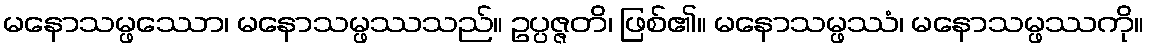
မနောသမ္ဖဿော၊ မနောသမ္ဖဿသည်။ ဥပ္ပဇ္ဇတိ၊ ဖြစ်၏။ မနောသမ္ဖဿံ၊ မနောသမ္ဖဿကို။